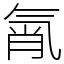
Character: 㲵